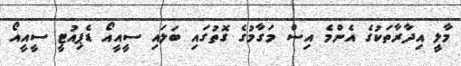
މާލީ އިދާރާތަކުގެ އެންމެ އިސް މަގާމުގެ ގޮތުގައި ބަލައި ސީއީއޯ ޑެޕިއުޓީ ސީއީއޯ